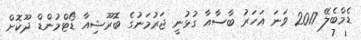
ޑެމްބެލޭ 2017 ވަނަ އަހަރު ބާސާއާ ގުޅުނީ ޖަރުމަނުގެ ބޮރޫޝިއާ ޑޯޓްމުންޑް ދޫކޮށް